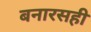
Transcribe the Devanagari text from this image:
बनारसही